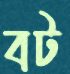
বট